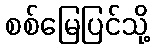
စစ်မြေပြင်သို့